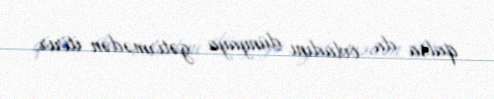
qalsa da, övladını dünyaya gətirmədən itirir.